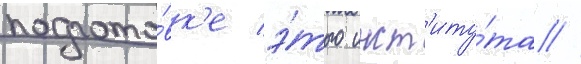
подгото́вк'е э́того инст'иту́та //